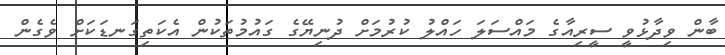
ބާން ވިދާޅުވީ ސީރިއާގެ މައްސަލަ ހައްލު ކުރުމަށް ދުނިޔޭގެ ގައުމުތަކުން އެކަތިގަނޑަކަށް ވެގެން